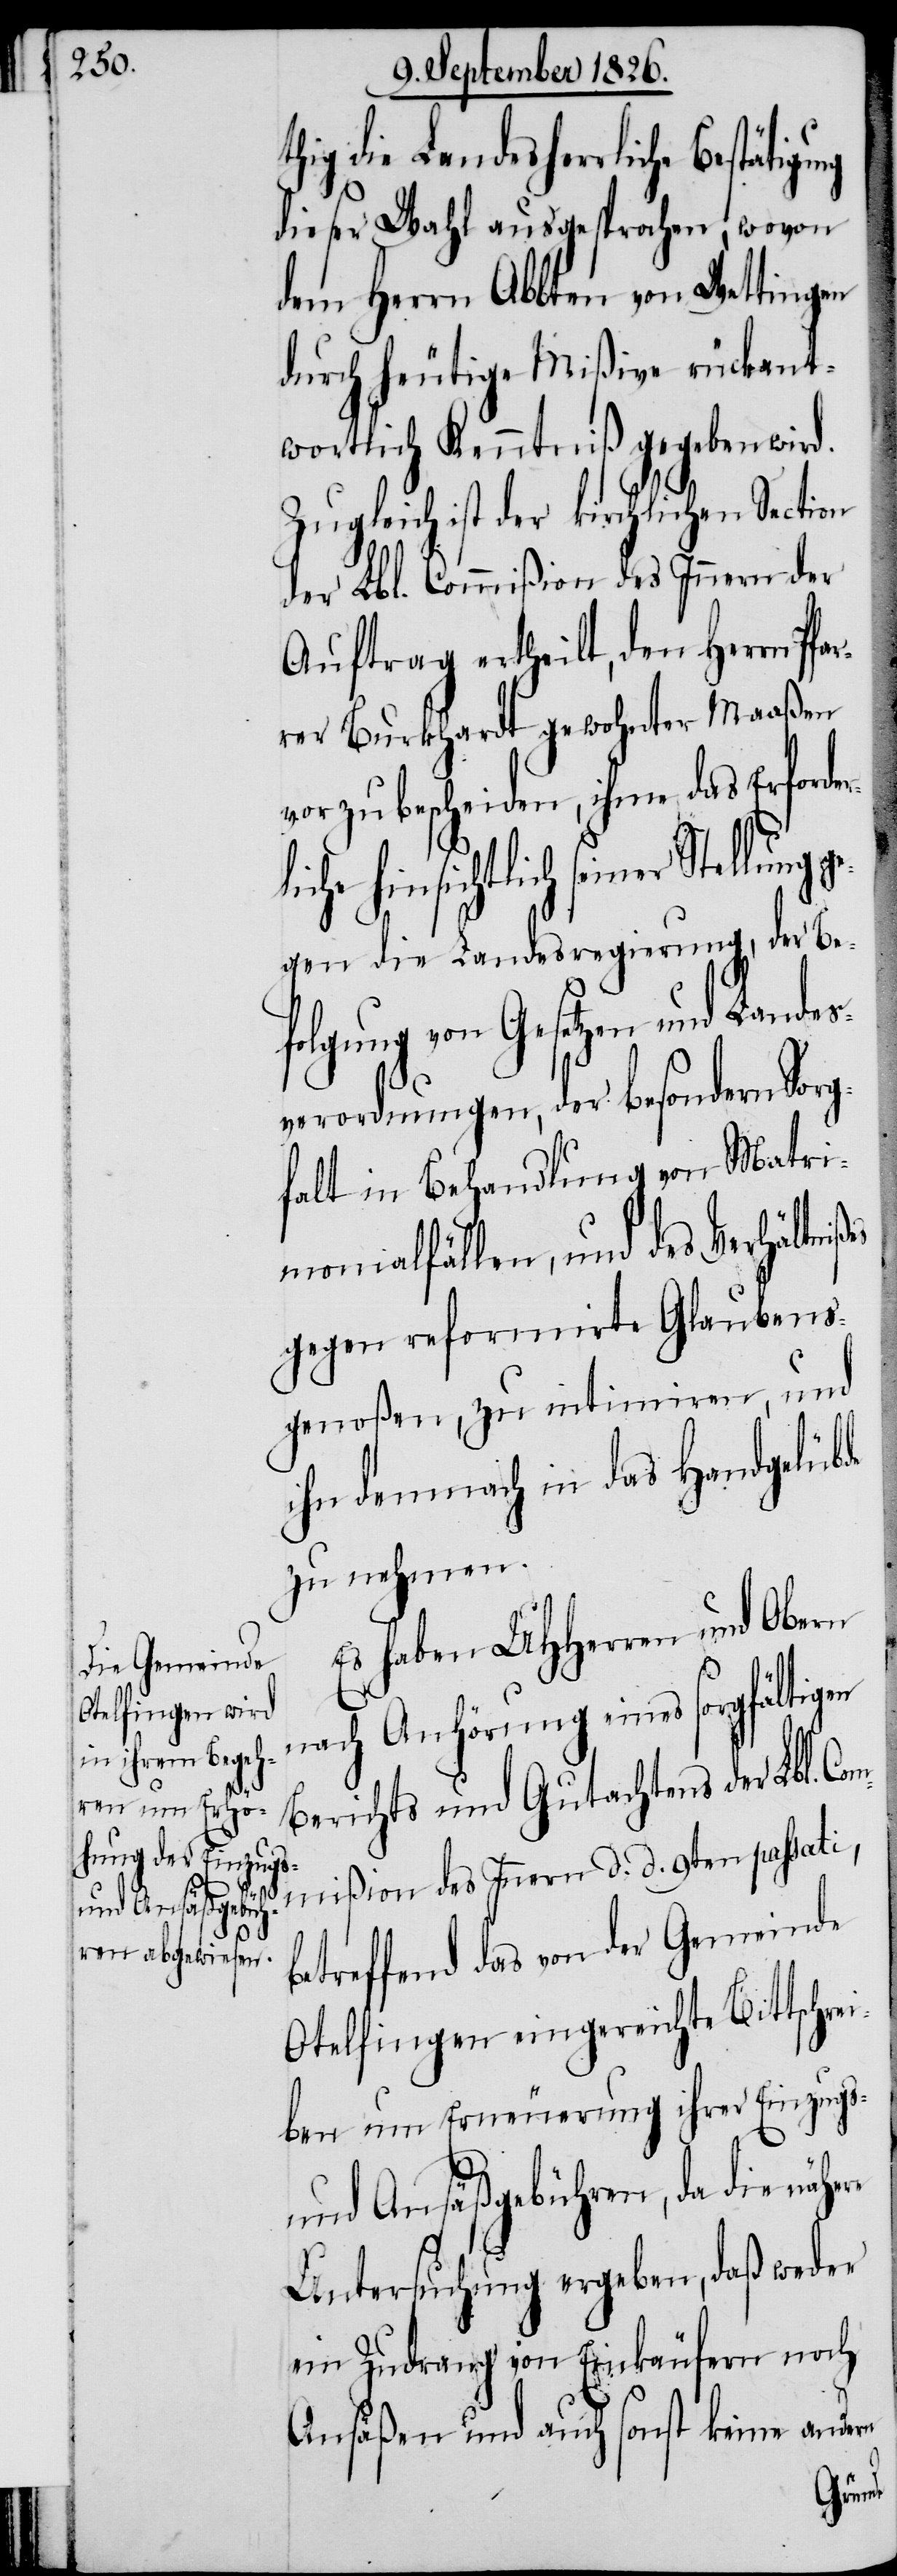
die Landesherrliche Bestätigung
dieser Wahl ausgesprochen, wovon
dem Herrn Abbten von Wettingen
durch heutige Mißive rückant¬
wortlich Kenntniß gegeben wird.
Zugleich ist der kirchlichen Section
der Lbl. Commißion des Innern der
Auftrag ertheilt, den Herrn Pfa¬
rrer Burkhardt gewohnter Maaßen
vorzubescheiden, ihm das Erforde¬
ichtlich seiner Stellung
gegen die Landesregierung, der Be¬
folgung von Gesetzen und Landes¬
verordnungen, der besondern Sorg¬
falt in Behandlung von Matri¬
monialfällen, und des Verhältni¬
gegen reformirte Glaubens¬
genoßen, zu intimiren, und
ihn demnach in das Handgelübde
zu nehmen.
Es haben MHHerren und Obern
nach Anhörung eines sorgfältigen
Berichts und Gutachtens der Lbl. C¬
ommißion des Innern d. d. 9ten passati,
etreffend das von der Gemeinde
Otelfingen eingereichte Bittschre¬
iben um Erneuerung ihrer Einzugs-
und Ansäßgebühren, da die
Untersuchung ergeben, daß weder
ein Zudrang von Einkäufen noch
Ansäßen und auch sonst keine andern
b¬